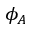
\phi _ { A }